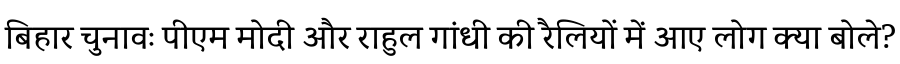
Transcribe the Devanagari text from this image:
बिहार चुनावः पीएम मोदी और राहुल गांधी की रैलियों में आए लोग क्या बोले?